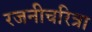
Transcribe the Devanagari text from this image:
रजनीचरित्रा